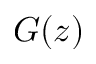
G ( z )